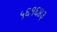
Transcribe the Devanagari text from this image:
५६१६४३